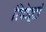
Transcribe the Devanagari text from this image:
रिपोर्टां